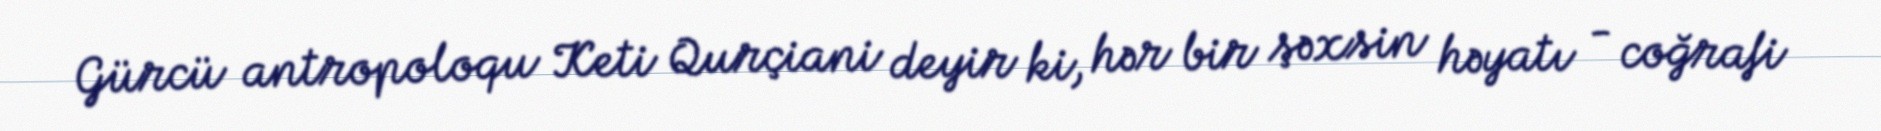
Gürcü antropoloqu Keti Qurçiani deyir ki, hər bir şəxsin həyatı - coğrafi